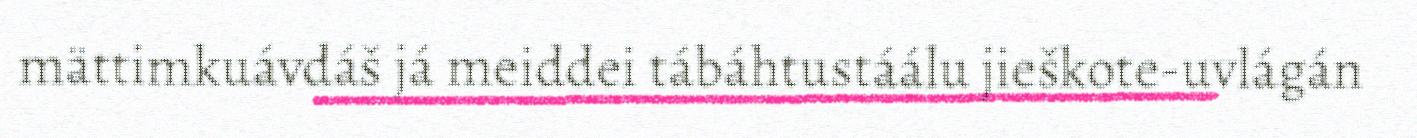
mättimkuávdáš já meiddei tábáhtustáálu jieškote-uvlágán